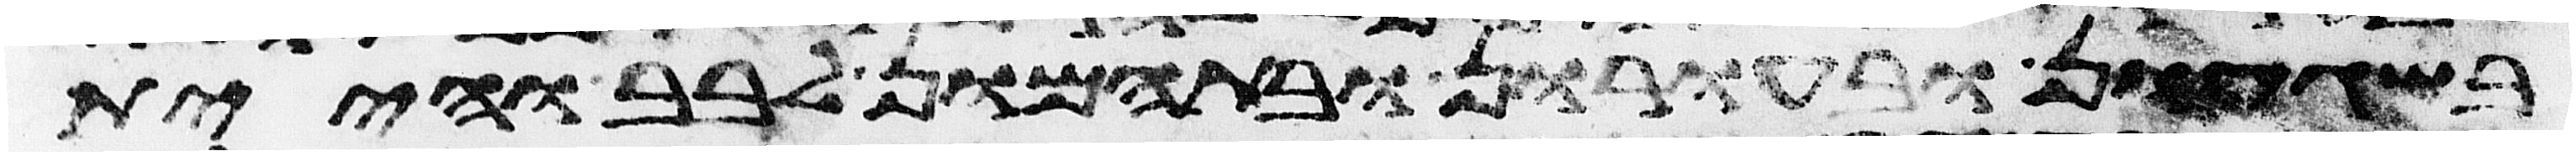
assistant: בשגעון ובעורון ובתמהון לבב והיית